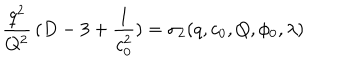
{ \frac { q ^ { 2 } } { Q ^ { 2 } } } \, ( D - 3 + { \frac { 1 } { c _ { 0 } ^ { 2 } } } ) = \sigma _ { 2 } ( q , c _ { 0 } , Q , \phi _ { 0 } , \lambda )